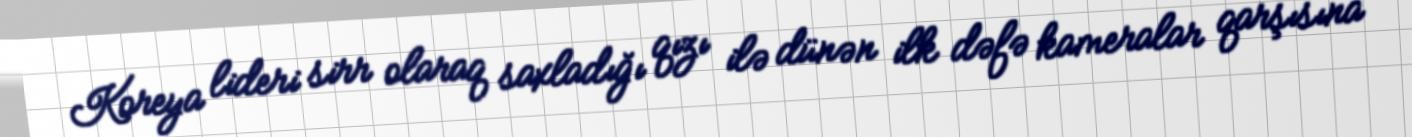
Koreya lideri sirr olaraq saxladığı qızı ilə dünən ilk dəfə kameralar qarşısına